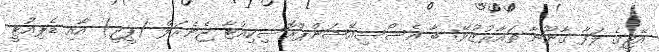
އޭޖީގެ ލަފާ ގާނޫނާ ތައާރުޒުވޭ: ބާ އެސޯސިއޭޝަންޕްރޮސިކިއުޓާ ޖެނެރަލް (ޕީޖީ) އާއި ޑެޕިއުޓީ